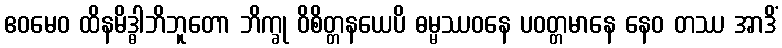
ဧဝမေဝ ထိနမိဒ္ဓါဘိဘူတော ဘိက္ခု ဝိစိတ္တနယေပိ ဓမ္မဿဝနေ ပဝတ္တမာနေ နေဝ တဿ အာဒိံ